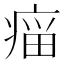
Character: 𰣲